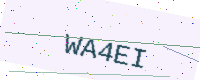
Text: WA4EI